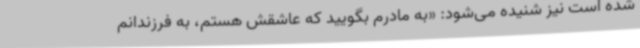
شده است نیز شنیده می‌شود: «به مادرم بگویید که عاشقش هستم، به فرزندانم